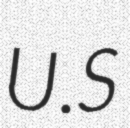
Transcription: U.S